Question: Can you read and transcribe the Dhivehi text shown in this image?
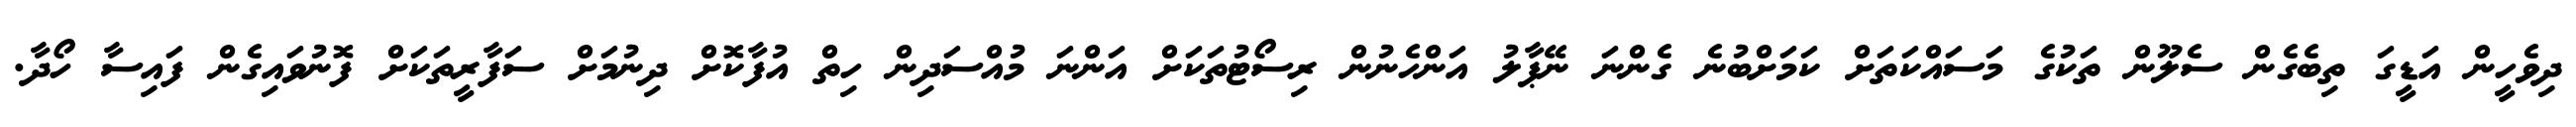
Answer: ދިވެހީން އަޑީގަ ތިބެގެން ސެލޫން ތަކުގެ މަސައްކަތަށް ކަމަށްބުނެ ގެންނަ ނޭޕާލު އަންހެނުން ރިސޯޓުތަކަށް އަންނަ މުއްސަދިން ހިތް އުފާކޮށް ދިނުމަށް ސަފާރީތަކަށް ފޮނުވައިގެން ފައިސާ ހޯދާ.